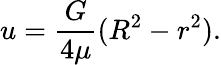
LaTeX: u={\frac{G}{4\mu}}(R^{2}-r^{2}).